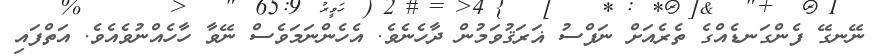
ނޭނގޭ ފެންގަނޑެއްގެ ތެރެއަށް ނަފްސު ޣަރަޤުވަމުން ދާހެނެވެ. އެހެންނަމަވެސް ނޭވާ ހާހެއްނުވެއެވެ. އަތްފައި